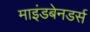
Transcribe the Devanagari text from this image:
माइंडबेनडर्स